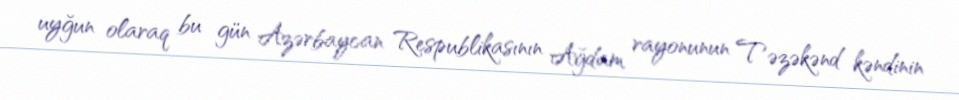
uyğun olaraq bu gün Azərbaycan Respublikasının Ağdam rayonunun Təzəkənd kəndinin